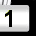
Digit: 1